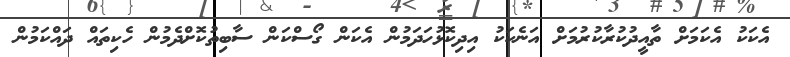
އެކަކު އެކަމަށް ތާއީދުކުރާކުރުމަށް އަނެކަކު އިދިކޮޅުހަދަމުން އެކަން ގޯސްކަން ސާބިތުކޮށްދެމުން ހެކިތައް ދައްކަމުން